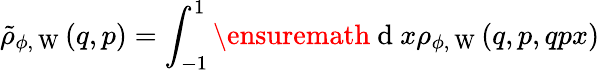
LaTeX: \tilde{\rho}_{\phi,\mathrm{~W~}}(q,p)=\int_{-1}^{1}\ensuremath{\mathrm{~d~}}x\rho_{\phi,\mathrm{~W~}}(q,p,qpx)